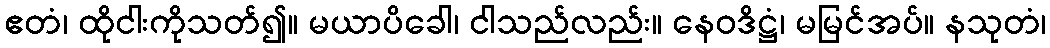
ဧတံ၊ ထိုငါးကိုသတ်၍။ မယာပိခေါ၊ ငါသည်လည်း။ နေဝဒိဋ္ဌံ၊ မမြင်အပ်။ နသုတံ၊